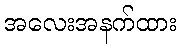
အလေးအနက်ထား